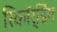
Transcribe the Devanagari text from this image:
रिकॉर्डिंग